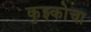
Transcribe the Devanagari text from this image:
कुझ्कोचा